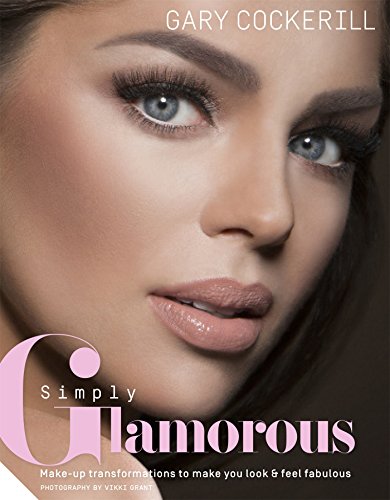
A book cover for Simply Glamorous: Make-up Transformations to Make You Look & Feel Fabulous; Gary Cockerill; Health, Fitness & Dieting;